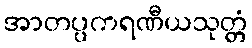
အာတပ္ပကရဏီယသုတ္တံ